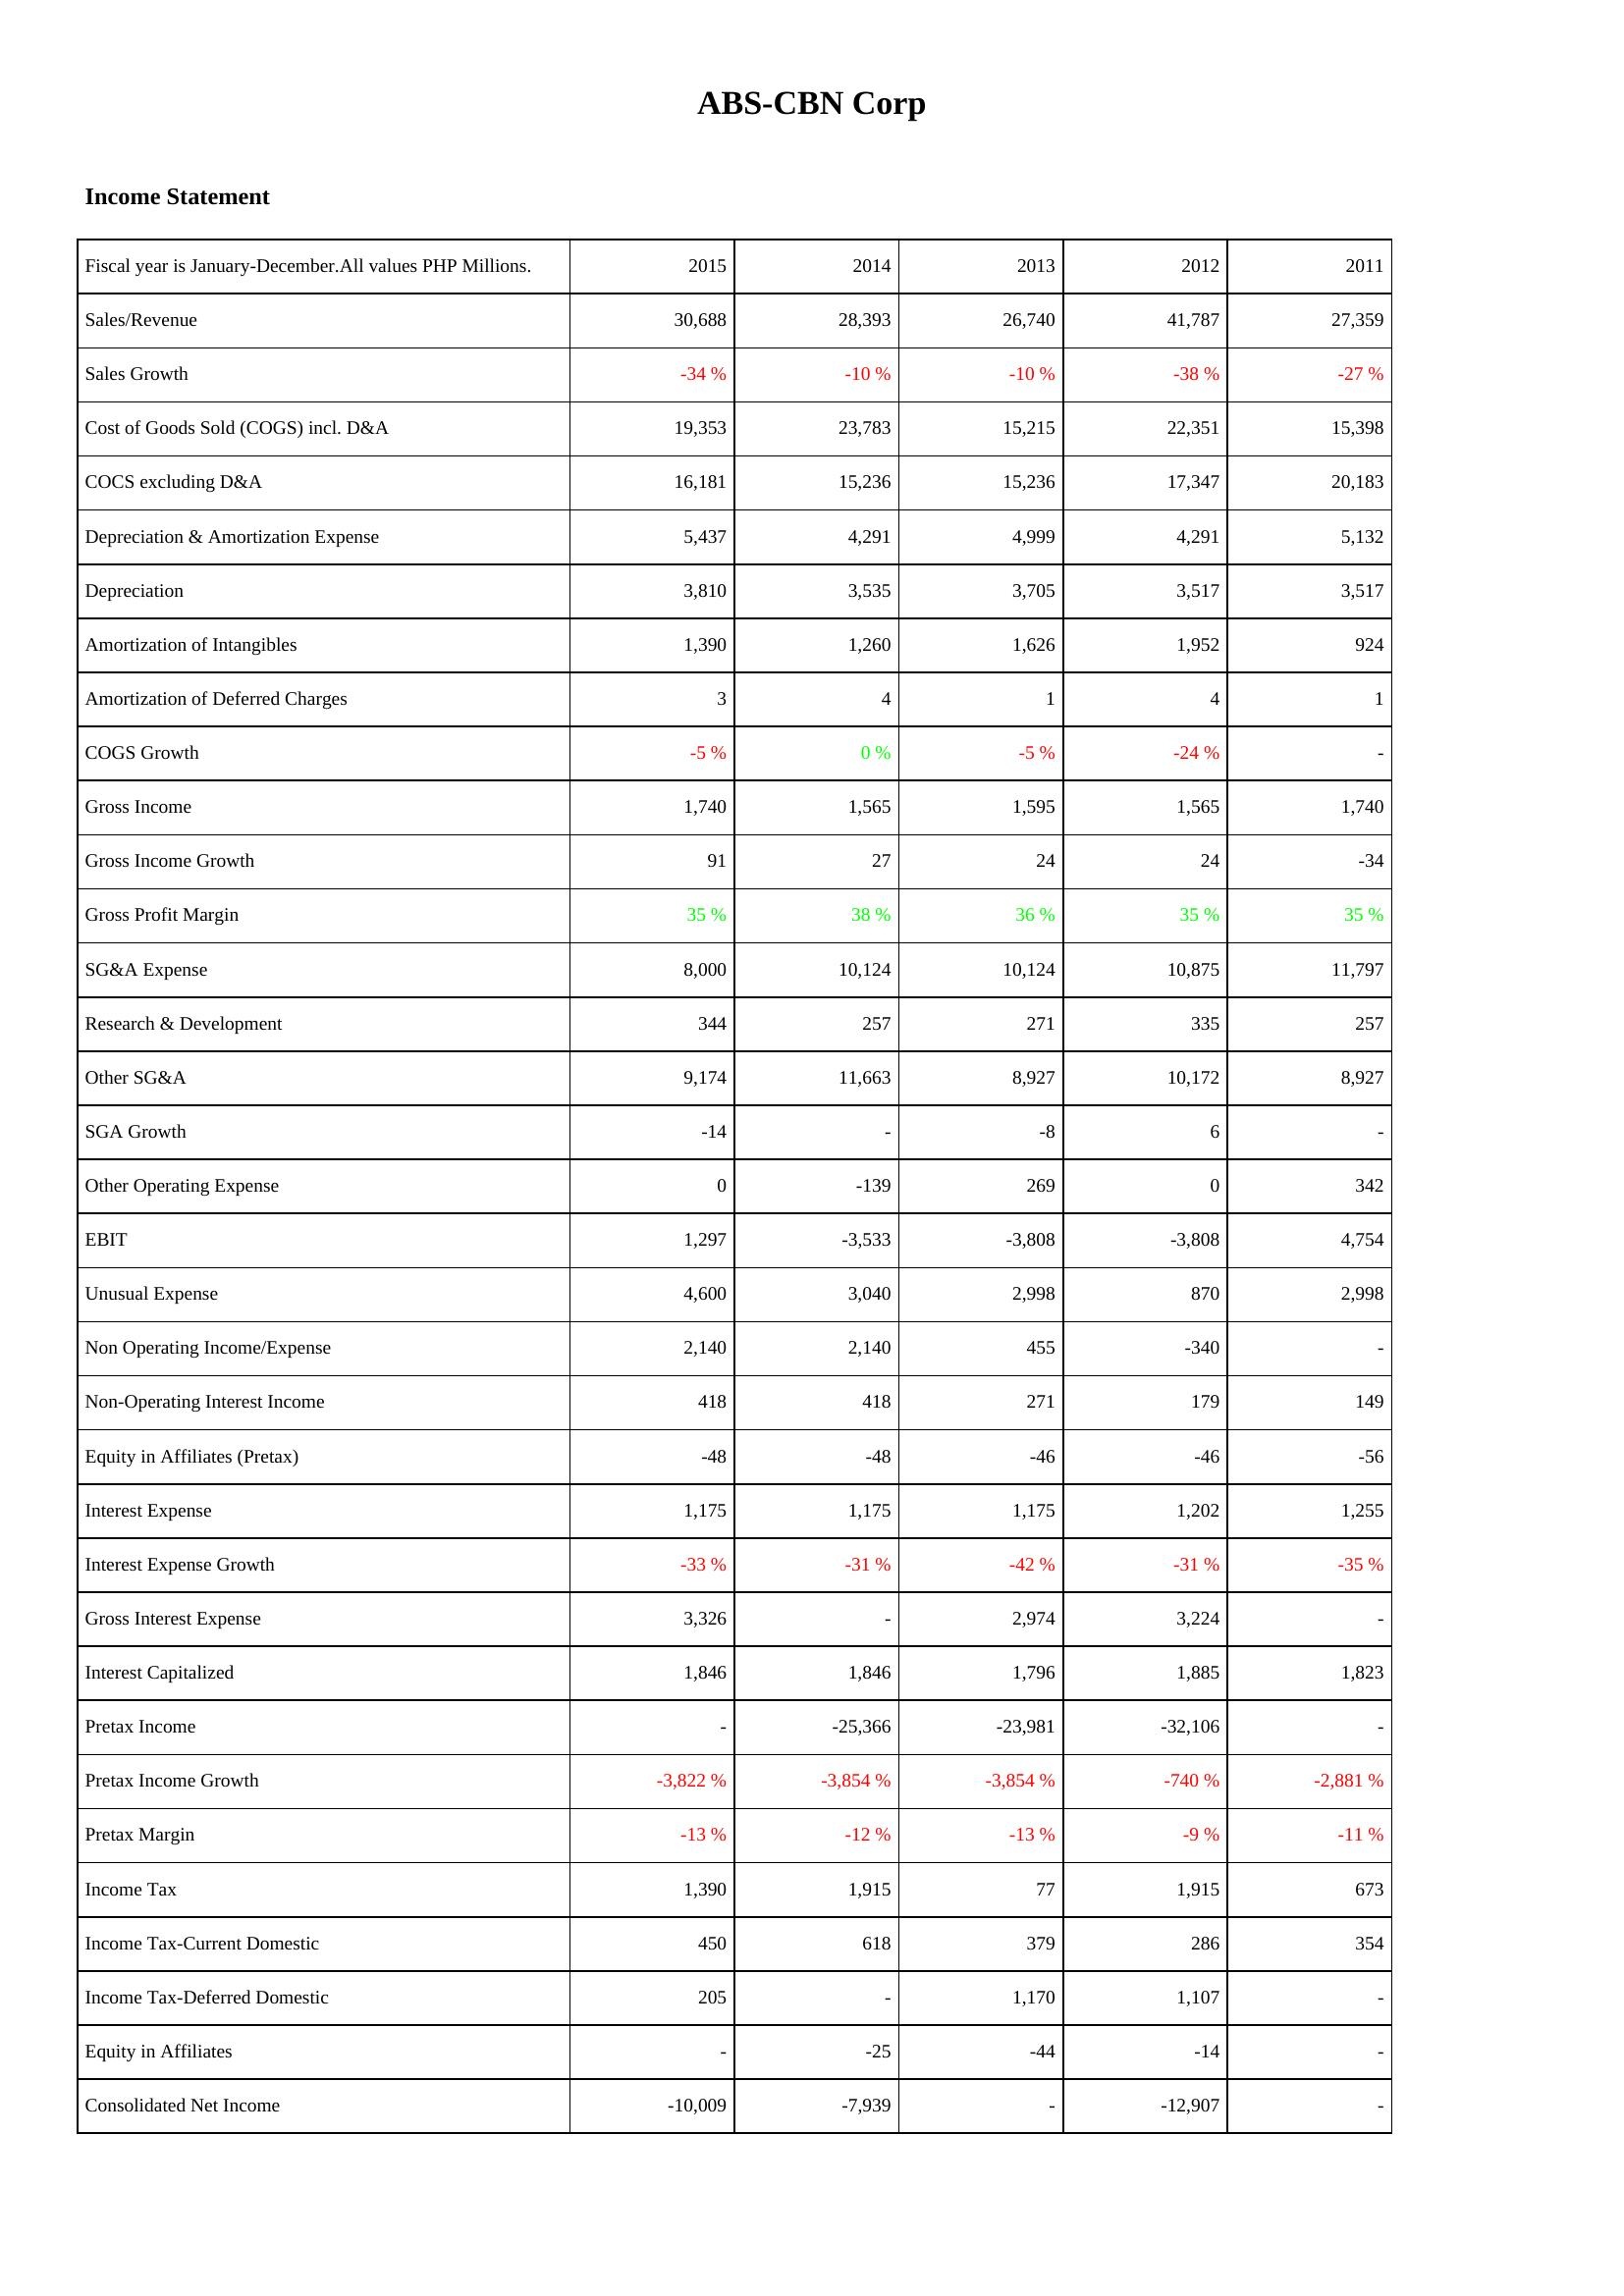
2015: Income Statement: Sales/Revenue: 30,688
Sales Growth: -34 %
Cost of Goods Sold (COGS) incl. D&A: 19,353
COCS excluding D&A: 16,181
Depreciation & Amortization Expense: 5,437
Depreciation: 3,810
Amortization of Intangibles: 1,390
Amortization of Deferred Charges: 3
COGS Growth: -5 %
Gross Income: 1,740
Gross Income Growth: 91
Gross Profit Margin: 35 %
SG&A Expense: 8,000
Research & Development: 344
Other SG&A: 9,174
SGA Growth: -14
Other Operating Expense: 0
EBIT: 1,297
Unusual Expense: 4,600
Non Operating Income/Expense: 2,140
Non-Operating Interest Income: 418
Equity in Affiliates (Pretax): -48
Interest Expense: 1,175
Interest Expense Growth: -33 %
Gross Interest Expense: 3,326
Interest Capitalized: 1,846
Pretax Income: -
Pretax Income Growth: -3,822 %
Pretax Margin: -13 %
Income Tax: 1,390
Income Tax-Current Domestic: 450
Income Tax-Deferred Domestic: 205
Equity in Affiliates: -
Consolidated Net Income: -10,009
2014: Income Statement: Sales/Revenue: 28,393
Sales Growth: -10 %
Cost of Goods Sold (COGS) incl. D&A: 23,783
COCS excluding D&A: 15,236
Depreciation & Amortization Expense: 4,291
Depreciation: 3,535
Amortization of Intangibles: 1,260
Amortization of Deferred Charges: 4
COGS Growth: 0 %
Gross Income: 1,565
Gross Income Growth: 27
Gross Profit Margin: 38 %
SG&A Expense: 10,124
Research & Development: 257
Other SG&A: 11,663
SGA Growth: -
Other Operating Expense: -139
EBIT: -3,533
Unusual Expense: 3,040
Non Operating Income/Expense: 2,140
Non-Operating Interest Income: 418
Equity in Affiliates (Pretax): -48
Interest Expense: 1,175
Interest Expense Growth: -31 %
Gross Interest Expense: -
Interest Capitalized: 1,846
Pretax Income: -25,366
Pretax Income Growth: -3,854 %
Pretax Margin: -12 %
Income Tax: 1,915
Income Tax-Current Domestic: 618
Income Tax-Deferred Domestic: -
Equity in Affiliates: -25
Consolidated Net Income: -7,939
2013: Income Statement: Sales/Revenue: 26,740
Sales Growth: -10 %
Cost of Goods Sold (COGS) incl. D&A: 15,215
COCS excluding D&A: 15,236
Depreciation & Amortization Expense: 4,999
Depreciation: 3,705
Amortization of Intangibles: 1,626
Amortization of Deferred Charges: 1
COGS Growth: -5 %
Gross Income: 1,595
Gross Income Growth: 24
Gross Profit Margin: 36 %
SG&A Expense: 10,124
Research & Development: 271
Other SG&A: 8,927
SGA Growth: -8
Other Operating Expense: 269
EBIT: -3,808
Unusual Expense: 2,998
Non Operating Income/Expense: 455
Non-Operating Interest Income: 271
Equity in Affiliates (Pretax): -46
Interest Expense: 1,175
Interest Expense Growth: -42 %
Gross Interest Expense: 2,974
Interest Capitalized: 1,796
Pretax Income: -23,981
Pretax Income Growth: -3,854 %
Pretax Margin: -13 %
Income Tax: 77
Income Tax-Current Domestic: 379
Income Tax-Deferred Domestic: 1,170
Equity in Affiliates: -44
Consolidated Net Income: -
2012: Income Statement: Sales/Revenue: 41,787
Sales Growth: -38 %
Cost of Goods Sold (COGS) incl. D&A: 22,351
COCS excluding D&A: 17,347
Depreciation & Amortization Expense: 4,291
Depreciation: 3,517
Amortization of Intangibles: 1,952
Amortization of Deferred Charges: 4
COGS Growth: -24 %
Gross Income: 1,565
Gross Income Growth: 24
Gross Profit Margin: 35 %
SG&A Expense: 10,875
Research & Development: 335
Other SG&A: 10,172
SGA Growth: 6
Other Operating Expense: 0
EBIT: -3,808
Unusual Expense: 870
Non Operating Income/Expense: -340
Non-Operating Interest Income: 179
Equity in Affiliates (Pretax): -46
Interest Expense: 1,202
Interest Expense Growth: -31 %
Gross Interest Expense: 3,224
Interest Capitalized: 1,885
Pretax Income: -32,106
Pretax Income Growth: -740 %
Pretax Margin: -9 %
Income Tax: 1,915
Income Tax-Current Domestic: 286
Income Tax-Deferred Domestic: 1,107
Equity in Affiliates: -14
Consolidated Net Income: -12,907
2011: Income Statement: Sales/Revenue: 27,359
Sales Growth: -27 %
Cost of Goods Sold (COGS) incl. D&A: 15,398
COCS excluding D&A: 20,183
Depreciation & Amortization Expense: 5,132
Depreciation: 3,517
Amortization of Intangibles: 924
Amortization of Deferred Charges: 1
COGS Growth: -
Gross Income: 1,740
Gross Income Growth: -34
Gross Profit Margin: 35 %
SG&A Expense: 11,797
Research & Development: 257
Other SG&A: 8,927
SGA Growth: -
Other Operating Expense: 342
EBIT: 4,754
Unusual Expense: 2,998
Non Operating Income/Expense: -
Non-Operating Interest Income: 149
Equity in Affiliates (Pretax): -56
Interest Expense: 1,255
Interest Expense Growth: -35 %
Gross Interest Expense: -
Interest Capitalized: 1,823
Pretax Income: -
Pretax Income Growth: -2,881 %
Pretax Margin: -11 %
Income Tax: 673
Income Tax-Current Domestic: 354
Income Tax-Deferred Domestic: -
Equity in Affiliates: -
Consolidated Net Income: -